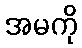
အမကို